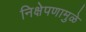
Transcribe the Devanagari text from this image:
निक्षेपणामुळे